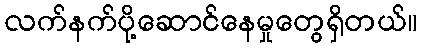
လက်နက်ပို့ဆောင်နေမှုတွေရှိတယ်။